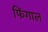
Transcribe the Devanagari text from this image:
फिंगाल